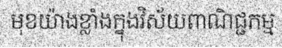
មុខយ៉ាងខ្លាំងក្នុងវិស័យពាណិជ្ជកម្ម